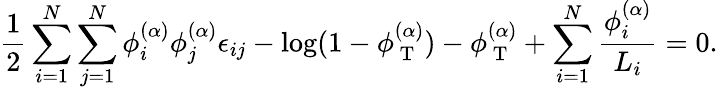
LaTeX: \frac{1}{2}\sum_{i=1}^{N}\sum_{j=1}^{N}\phi_{i}^{(\alpha)}\phi_{j}^{(\alpha)}\epsilon_{ij}-\log(1-\phi_{\mathrm{~T~}}^{(\alpha)})-\phi_{\mathrm{~T~}}^{(\alpha)}+\sum_{i=1}^{N}\frac{\phi_{i}^{(\alpha)}}{L_{i}}=0.